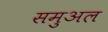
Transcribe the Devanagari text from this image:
समुअल